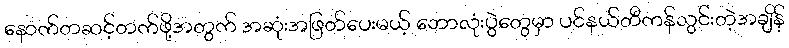
နောက်တဆင့်တက်ဖို့အတွက် အဆုံးအဖြတ်ပေးမယ့် ဘောလုံးပွဲတွေမှာ ပင်နယ်တီကန်သွင်းတဲ့အချိန်